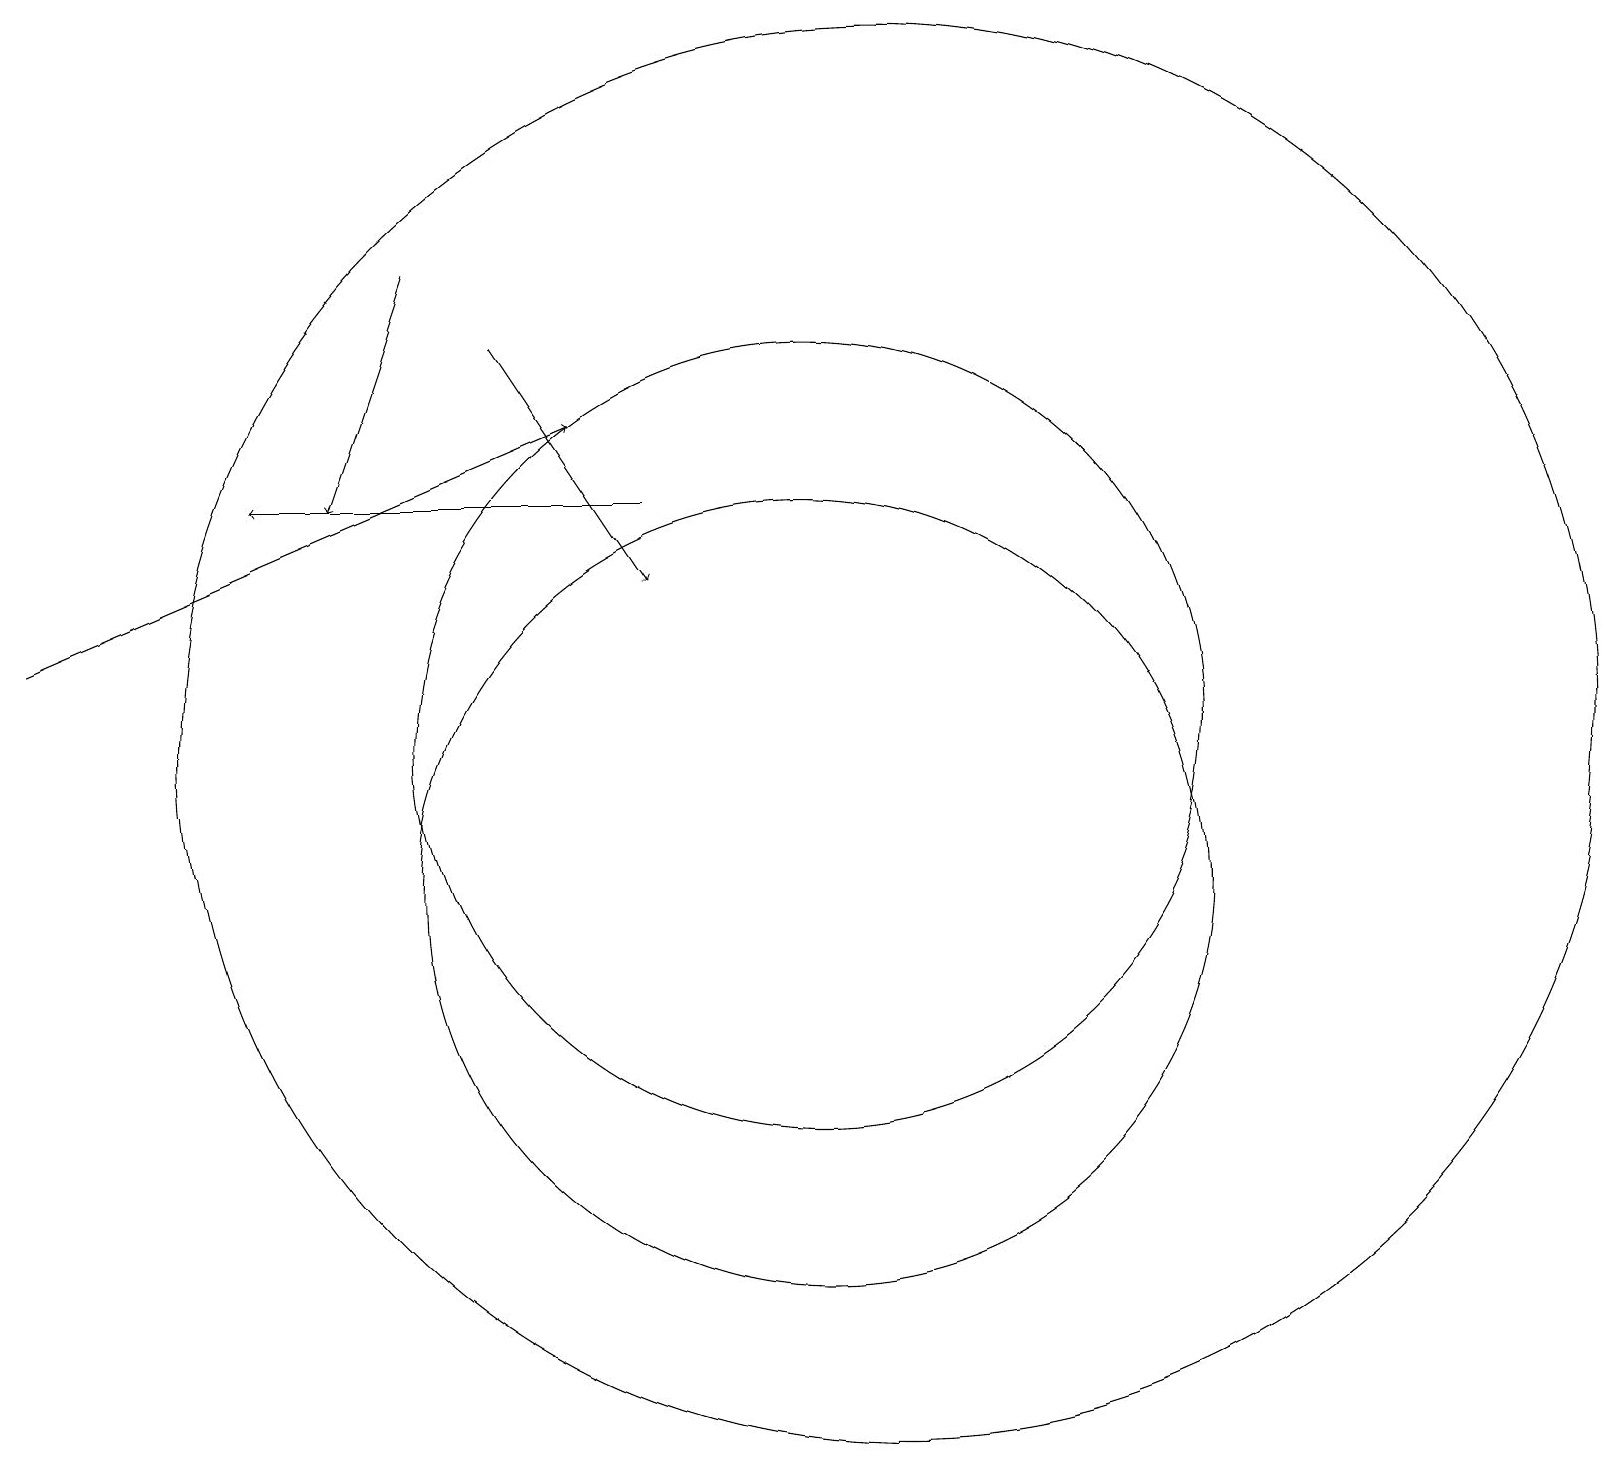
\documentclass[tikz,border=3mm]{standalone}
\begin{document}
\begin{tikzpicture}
\draw[->] (9,15) -- (4,15);
\draw (11,10) circle (5);
\draw[->] (1,13) -- (8,16);
\draw[->] (7,17) -- (9,14);
\draw (11,12) circle (5);
\draw (12,12) circle (9);
\draw[->] (6,18) -- (5,15);
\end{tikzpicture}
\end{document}